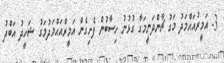
3- އަމީރުއަޙްމަދު މަގު ޗާންދަނީމަގާ ގުޅުނު ހިސާބުން ފެށިގެން އަމީރްއަޙްމަދުމަގު ޝަހީދު އަބްދު